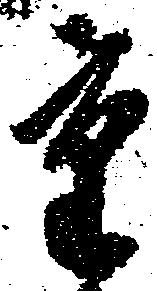
重